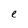
Character: e